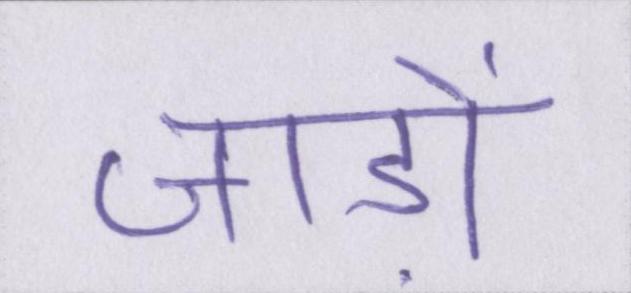
जाड़ों